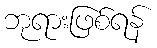
ဘုရားဖြစ်ရန်